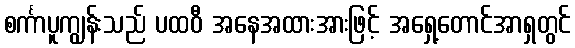
စင်္ကာပူကျွန်းသည် ပထဝီ အနေအထားအားဖြင့် အရှေ့တောင်အာရှတွင်